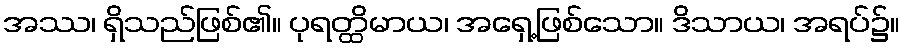
အဿ၊ ရှိသည်ဖြစ်၏။ ပုရတ္ထိမာယ၊ အရှေ့ဖြစ်သော။ ဒိသာယ၊ အရပ်၌။